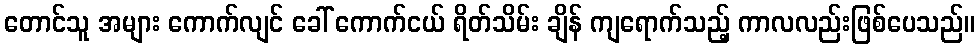
တောင်သူ အများ ကောက်လျင် ခေါ် ကောက်ငယ် ရိတ်သိမ်း ချိန် ကျရောက်သည့် ကာလလည်းဖြစ်ပေသည်။